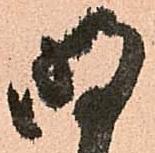
明